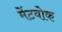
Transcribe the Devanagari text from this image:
मेंटवोक